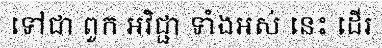
ទៅជា ពួក អវិជ្ជា ទាំងអស់ នេះ ដើរ